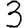
Digit: 3